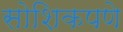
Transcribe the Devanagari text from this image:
सोशिकपणे